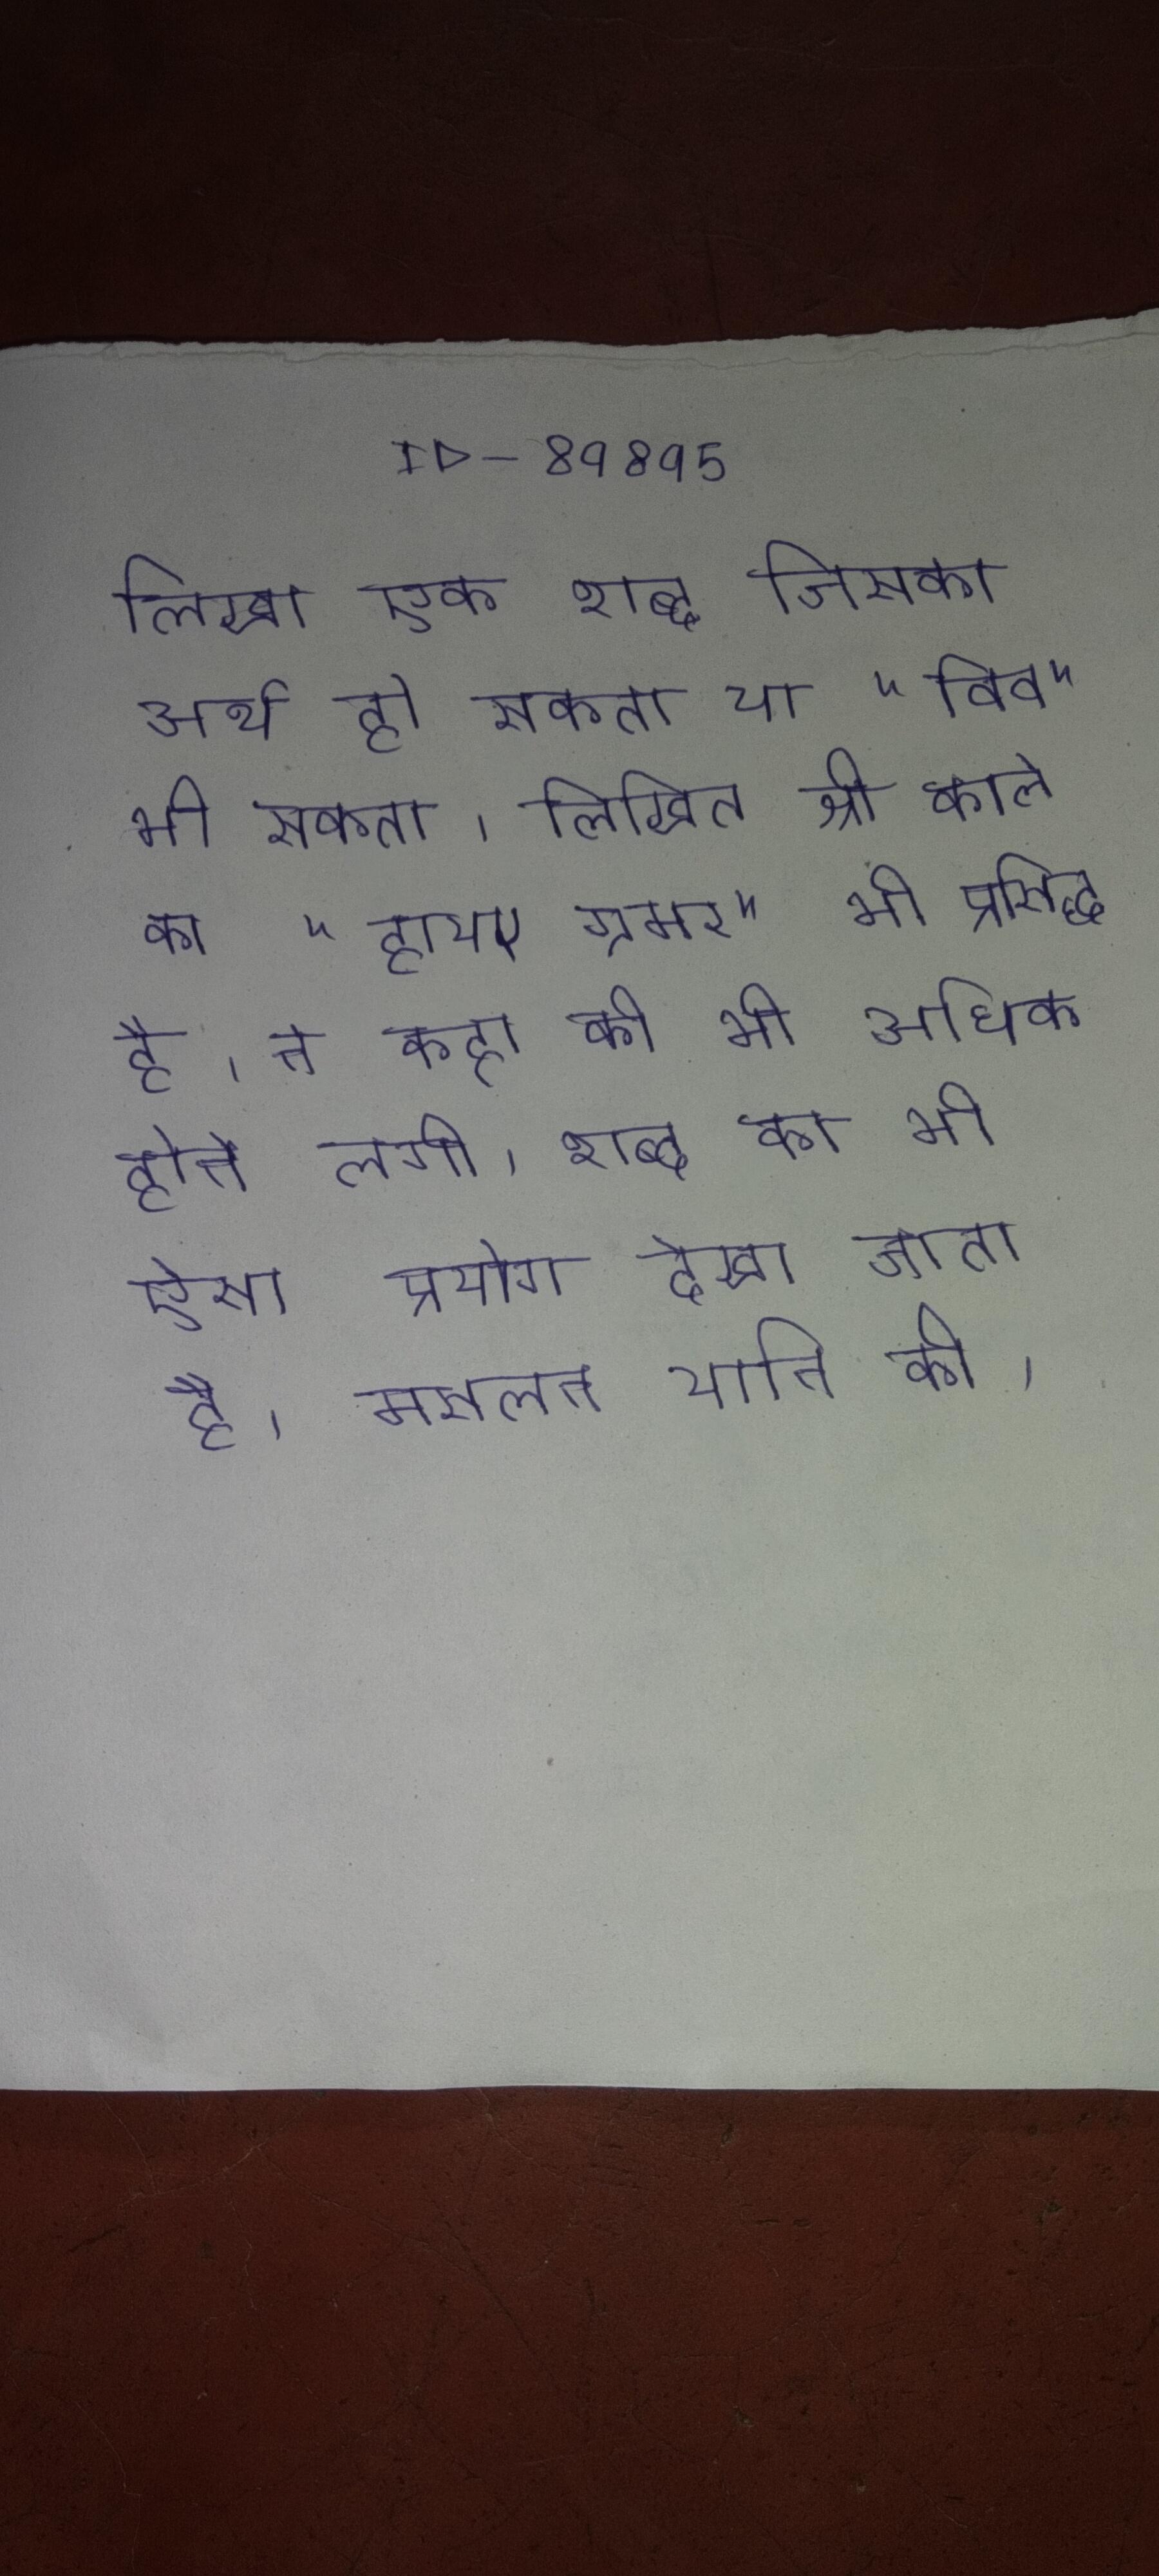
लिखा एक शब्द जिसका अर्थ हो सकता या "विव" भी हो सकता । लिखित श्री काले का "हायर ग्रामर" भी प्रसिद्ध है । ने कहा की भी अधिक होने लगी । शब्द का भी ऐसा प्रयोग देखा जाता है, मसलन यानि की ।